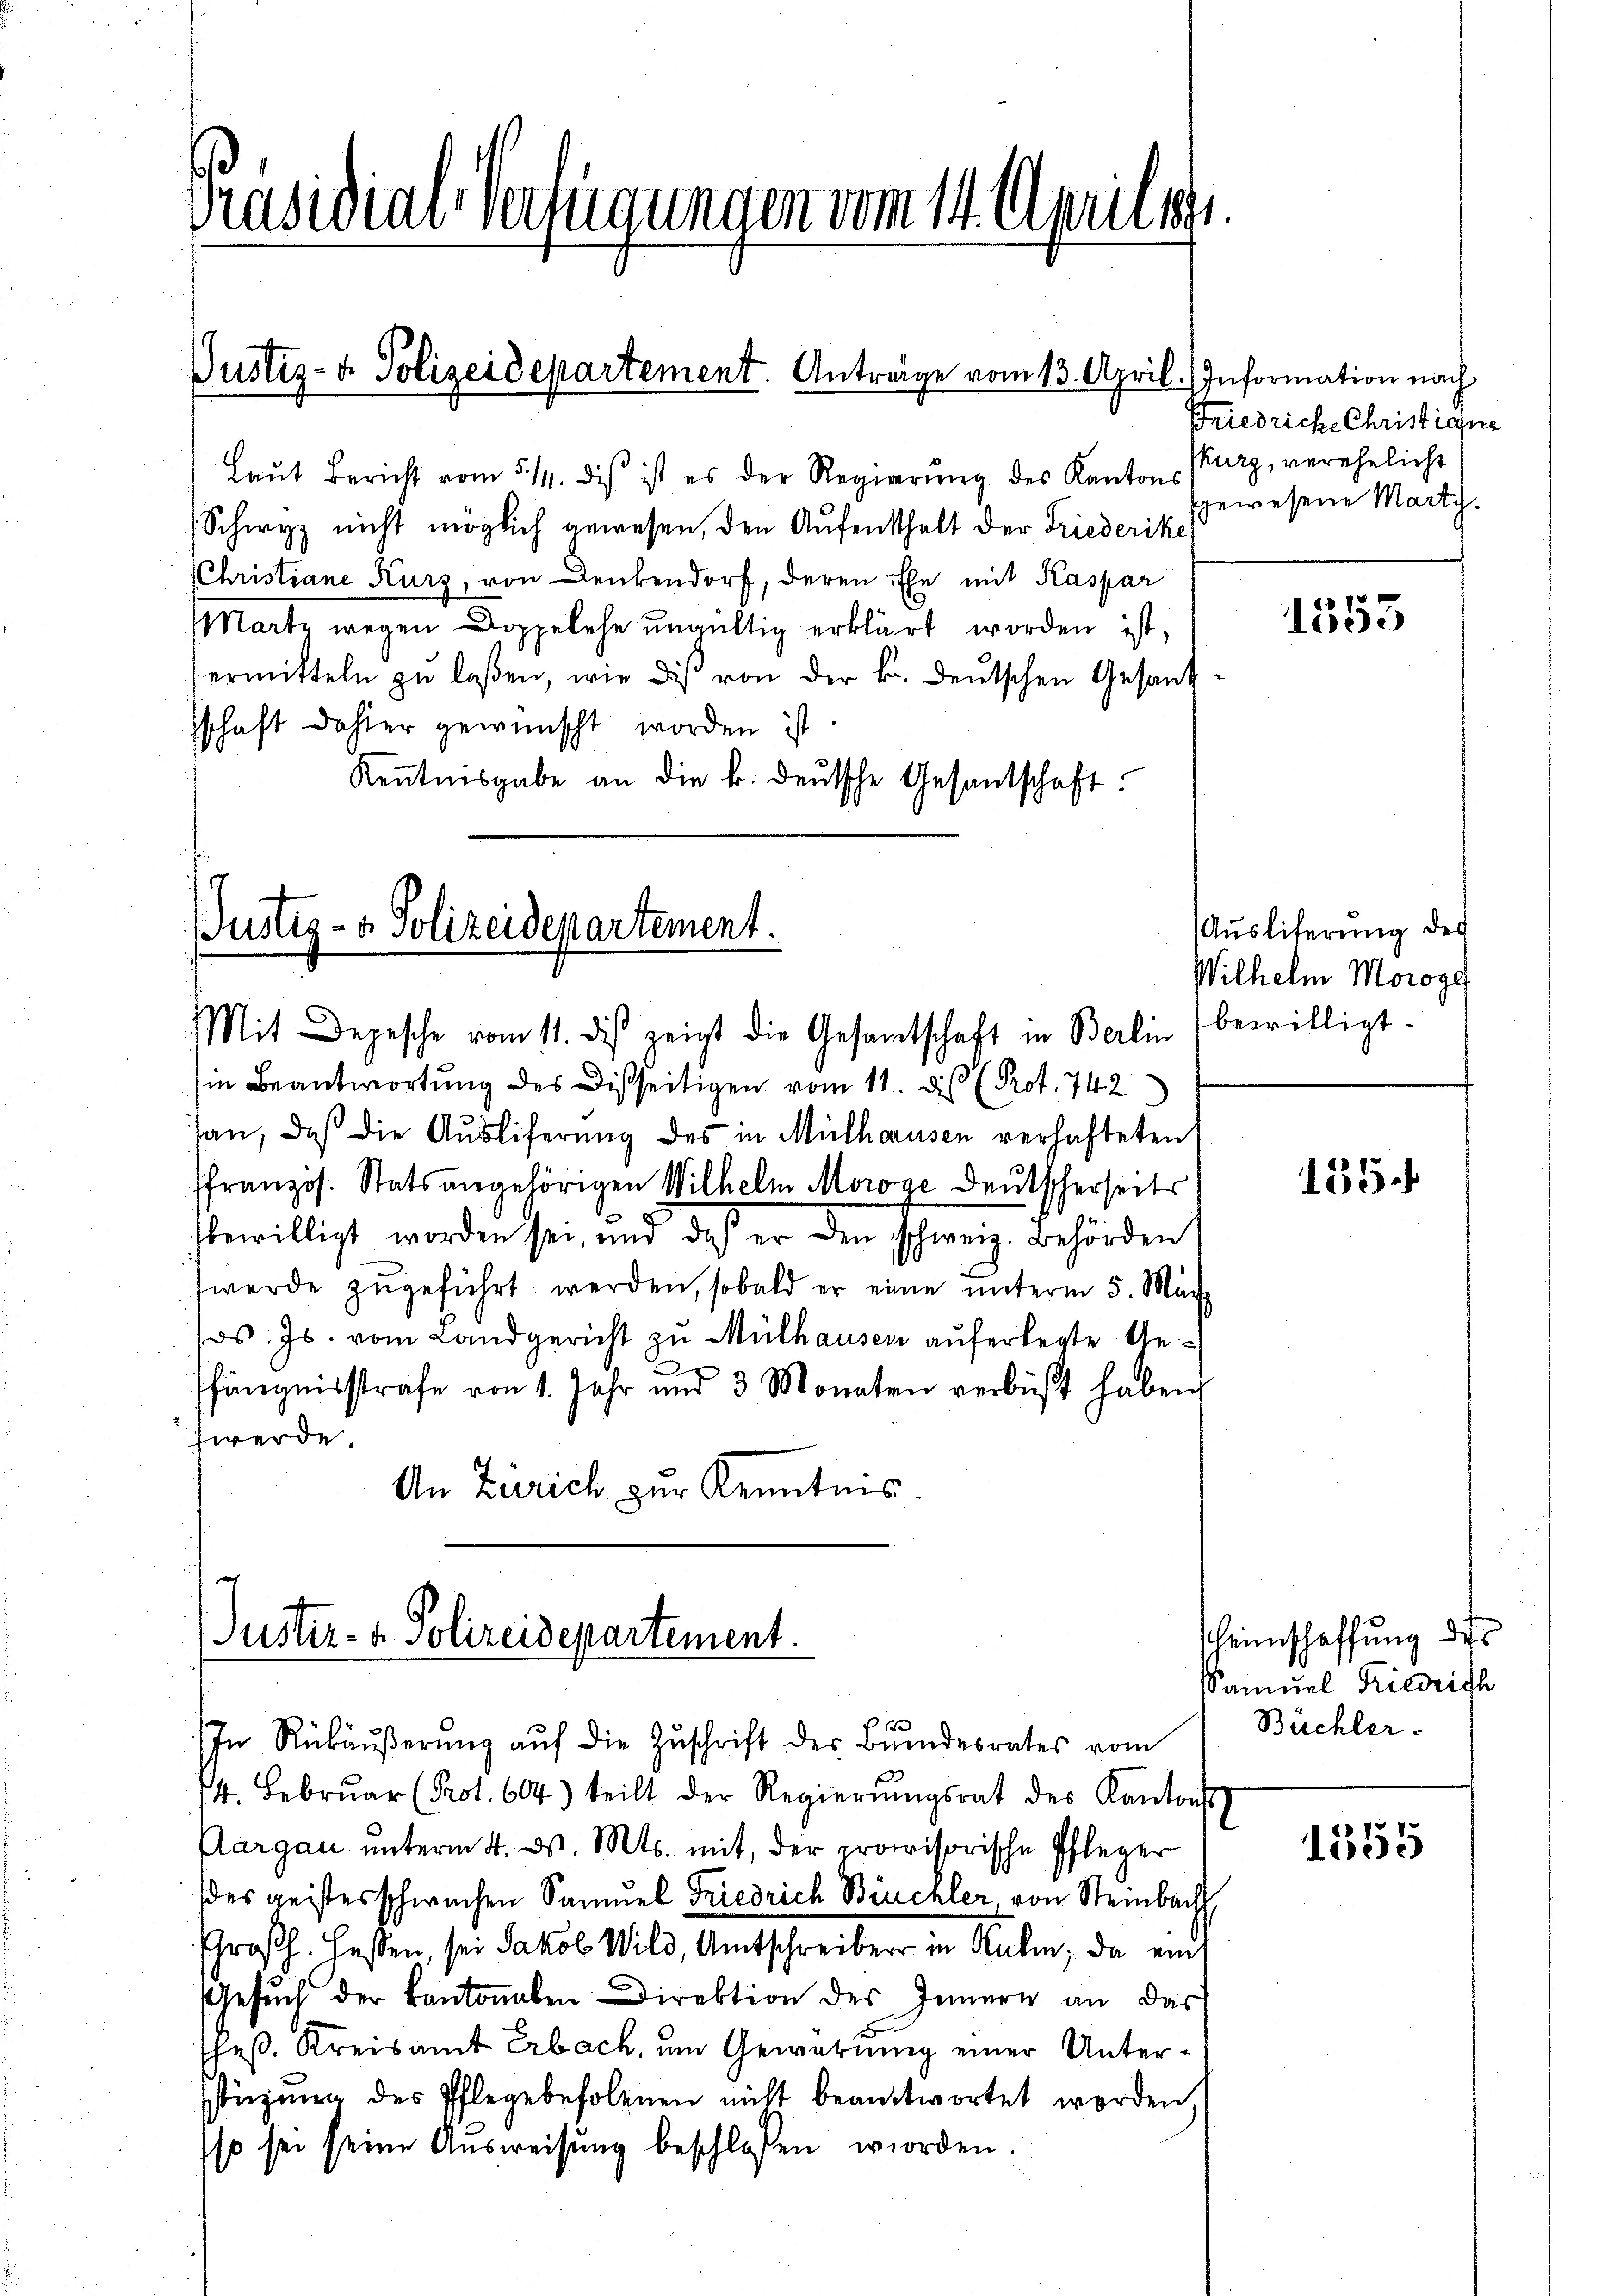
Präsidial-Verfügungen vom 14. Aprilist.

Justiz- & Polizeidepartement. Anträge vom 13. April.

Laut Bericht vom 5 1/4. des ist es der Regierŭng des Kanton Kurz, verehelicht
Schwyz nicht möglich gewesen, den Aufenthalt der Friederike
(Christiane Kurz, von Denkendorf, deren Ehe mit Kaspar
Martz wegen Doppelehe ungültig erklärt worden ist,
ermitteln zu laßen, wie dis von der k. deutschen Gesandsschaft dahier gewünscht worden ist
Kenntnisgabe an die k. deŭtsche Gesantschaft.

Justiz- & Polizeidepartement.

in Beantwortung des Disseitigen vom 11. Dis (Prot. 742
san, daß die Ausliferung des in Mülhausen verhafteten
ffranzös. Stats angehörigen Wilhelm Morge deutscherseits
s
bewilligt worden sei, und daß er den schweiz. Behörden
werde zugeführt werden, sobald er eine unterm 5. März
ds. Js. vom Landgericht zu Mülhausen auferlegte Gefängnisstrafe von 1. Jahr und 3 Monaten verbüßt haben,
werde.
An Zürich zur Kenntnis.

Justiz- & Polizeidepartement.

Mit Depesche vom 11. des zeigt die Gesamtschaft in Berlin bewilligt.

In Rükäŭβerŭng aŭf die Zŭschrift der Bŭndesrates vom
14. Febrŭar (Prot. 604) teilt der Regierŭngsrat des Kantons
Aargau unterm 4. d. Mts. mit, der provisorische Pfleger
des geistes schwachen Samŭel Friedrich Bruckler von Steinbacht
Chroßh. Hasen, sei Jakob Wild, Amtschreiber in Kulm, da ein
Gesuch der Kantonalen Direktion des Innern an das
Theß. Kreisamt Erbach, um Gewerung einer Unterstüzung des Pflegebefolenen nicht beantwortet werden.
so sei seine Ausweisung beschlossen worden.

Information nach
Friedriche Christiegne
gewesene Marti.

1553

Ausliterung des
Wilhelm Morge

155

heinschaffung der
sSamuel Friedrich
Büchler.

1355